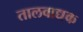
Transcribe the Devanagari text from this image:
तालवाद्यक